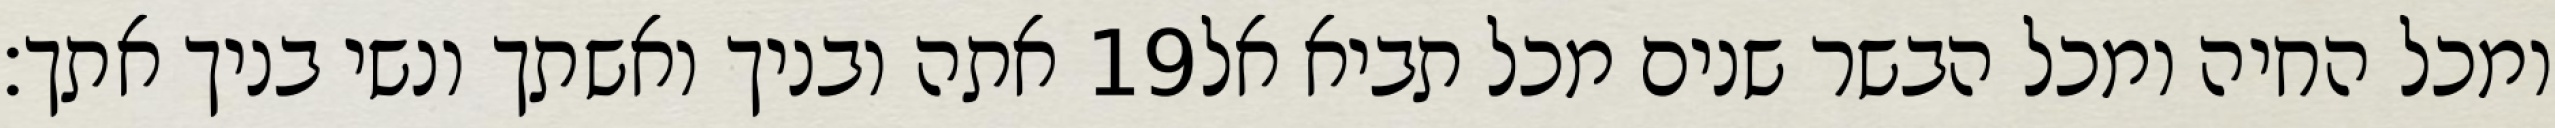
אתה ובניך ואשתך ונשי בניך אתך׃ ‎19‏ ומכל החיה ומכל הבשר שנים מכל תביא אל